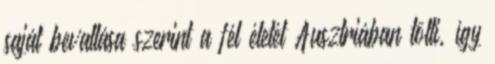
saját bevallása szerint a fél életét Ausztriában tölti, így